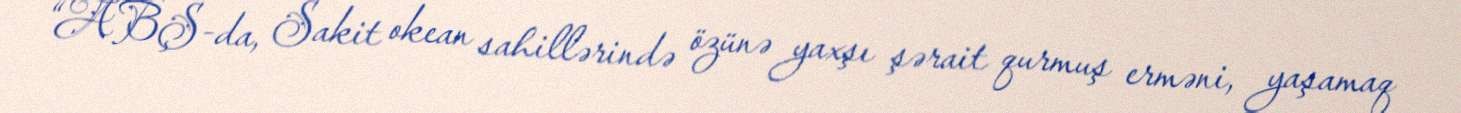
“ABŞ-da, Sakit okean sahillərində özünə yaxşı şərait qurmuş erməni, yaşamaq